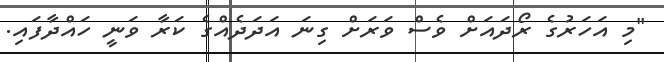
"މި އަހަރުގެ ރޯދައަށް ވެސް ވަރަށް ގިނަ އަދަދެއްގެ ކަރާ ވަނީ ހައްދާފައި.